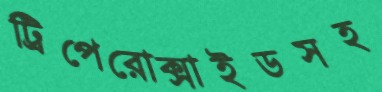
ট্রিপেরোক্সাইডসহ